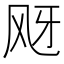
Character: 𱃕